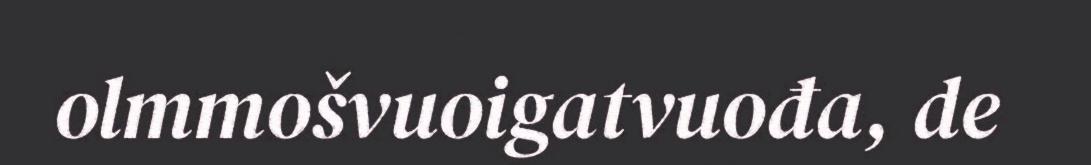
olmmošvuoigatvuođa, de